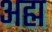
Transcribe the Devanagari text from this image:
अह्म